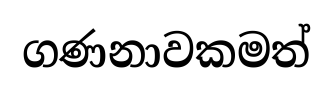
ගණනාවකමත්